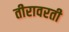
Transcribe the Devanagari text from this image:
तीरावरती